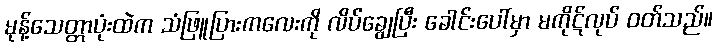
မုန့်သေတ္တာပုံးထဲက သံဖြူပြားကလေးကို လိပ်ချွေပြီး ခေါင်းပေါ်မှာ မကိုဋ်လုပ် ဝတ်သည်။